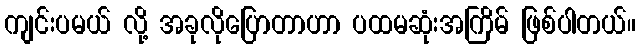
ကျင်းပမယ် လို့ အခုလိုပြောတာဟာ ပထမဆုံးအကြိမ် ဖြစ်ပါတယ်။